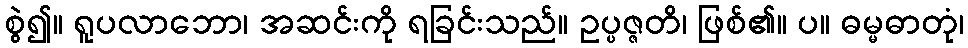
စွဲ၍။ ရူပလာဘော၊ အဆင်းကို ရခြင်းသည်။ ဥပ္ပဇ္ဇတိ၊ ဖြစ်၏။ ပ။ ဓမ္မဓာတုံ၊